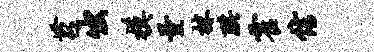
苕出模量抹珙霍信